Annual report of the Punjab Veterinary College and of the Civil Veterinary Department, Punjab - 1926-1932
Year: 1926
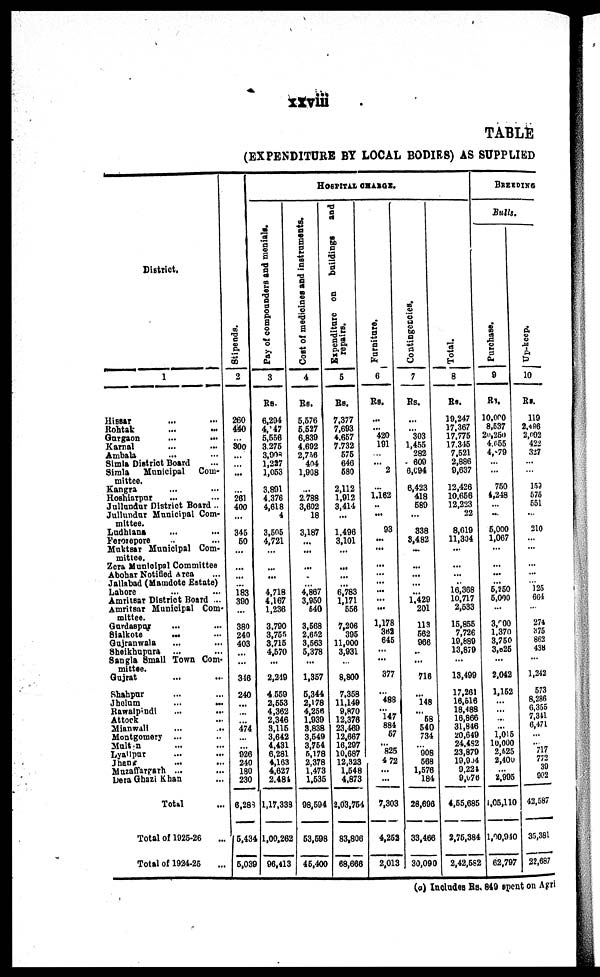
xxviii
TABLE
(EXPENDITURE BY LOCAL BODIES) AS SUPPLIED
District.
1
Hissar ... ...
Rohtak ... ...
Gurgaon ... ...
Karnal ... ...
Ambala ... ...
Simla District Board ...
Simla
Municipal
Com-
mittee.
Kangra ... ...
Hoshiarpur ... ...
Jullundur District Board ..
Jullundur Municipal Com-
mittee.
Ludhiana ... ...
Ferozepore ... ... ...
Muktsar Municipal Com-
mittee.
Zera Municipal Committee
Abohar Notified Area
Jallabad (Mamdote Estate)
Lahore ... ... ...
Amritsar District Board ...
Amritsar Municipal Com-
mittee.
Gurdaspur ... ... ...
Sialkote
...
...
Gujranwala ... ... ...
Sheikhupura ... ...
Sangla Small Town Com-
mittee.
Gujrat ... ... ...
Shahpur ... ...
Jhelum
...
...
Rawalpindi ... ...
Attock ... ...
Mianwall ... ...
Montgomery
... ...
Multan ... ...
Lyallpur ... ...
Jhang ... ...
Muzaffargarh ... ...
Dera Ghazi Khan ...
Total ...
Total of 1026-26
Total of 1924-25 ...
HOSPITAL CHARGE.
Stipends.
2
260
440
...
300
...
...
...
...
...
261
400
...
... 346
60
...
...
...
...
...
183
300
...
380
240
403
...
...
316
240
...
...
...
474
...
... 926
240
180
230
6,283
6,434
5,039
Pay of compounders and monials.
3
Rs.
6,204
4, 47
6,666
3276
3,993
1,227
1,063
...
3,801
4,376
4,618
4
...
3,505
4,721
...
...
...
...
...
4,718
4,167
1,236
3,790
3,755
3,716
4,570
...
2,319
4,559
2,663
4,362
2,346
3,116
3,642
4,431
6,281
4,163
4,627
2,484
1,17,339
1,00,262
96,413
Cost
of medicines and instruments.
4
Rs.
5,676
6,627
6,830
4,602
2,756
404
1,008
...
...
2,788
3,602
18
...
3,187
...
...
...
...
...
...
4,867
3,950
640
3,568
2,652
3,563
6,378
...
1,357
6,344
2,178
4,256
1,030
3,838
3,549
3,754
5,178
2,378
1,473
1,535
98,594
53,598
45,400
Expenditure on
buildings
and
repairs.
6
Rs.
7,377
7,693
4,657
7,732
676
646
680
...
2,112
1,912
3,414
...
...
1,496
3,101
...
...
...
...
...
6,783
1,171
556
7,206
305
11,000
3,931
...
8,800
7,358
11,149
9,870
12,376
23,460
12,667
16,297
10,687
12,323
1,548
4,873
2,03,764
83,806
68,666
Furniture.
6
Rs.
...
... 420
101
...
... 2
...
1,162
...
...
... 93
...
...
...
...
...
...
...
...
...
1,178
362
646
...
...
377
...
488
... 147
884
67
...
825
4 72
...
...
7,303
4,25
2,01!
Contingencies.
7
Rs.
...
... 303
1,455
282
600
6,094
... 6,423
418
580
...
... 338
8,482
...
... ...
...
...
1.420
201
113
562
966
...
...
716
...
148
... 58
540
734
...
008
668
1,676
184
28,606
33,466
30,090
Total.
8
Rs.
10,247
17,367
17,776
17,345
7,621
2,886
0,637
...
12,426
10,656
12,223
22
...
8,619
11,304
...
... ...
...
... 16,368
10,717
2,533
16,856
7,726
19,889
13,879
...
13,499
17,261
16,516
18,488
16,866
31,846
20,649
24.482
23,870
19,904
9,224
9,676
4,55,685
2,76,384
2,42,682
BREEDING
Bulls.
Purchase.
9
Rs.
10,000
8,637
20,260
4,655
4,879
...
...
...
750
4,248
... ...
...
5,000
1,067
...
... ... ...
...
5,250
5,000
...
3,000
1,370
3,750
3,825
...
2,042
1,152
...
... ...
... 1,0 5
10,000
2,525
2,400
... 2,995
1,05,110
1,00,940
62,797
Up-keep.
10
Rs.
119
2,496
2,092
422
327
...
...
...
159
575
651
...
... 210
...
...
...
...
... 125
604
...
274
675
862
438
...
1,242
573
8,286
6,366
7,341
6,471
...
...
717
772
30
002
42,587
35,381
22,687
(a) Includes Rs. 849 spent on Agri